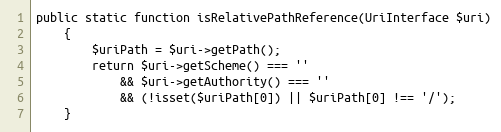
Language: PHP
public static function isRelativePathReference(UriInterface $uri)
    {
        $uriPath = $uri->getPath();
        return $uri->getScheme() === ''
            && $uri->getAuthority() === ''
            && (!isset($uriPath[0]) || $uriPath[0] !== '/');
    }